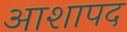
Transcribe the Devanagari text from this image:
आशापद